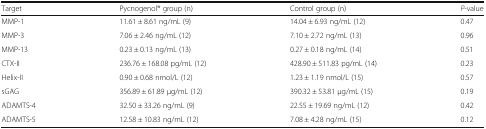
<table><thead><tr><td><b>Target</b></td><td><b>Pycnogenol® group (n)</b></td><td><b>Control group (n)</b></td><td><b><i>P</i>-value</b></td></tr></thead><tbody><tr><td>MMP-1</td><td>11.61 ± 8.61 ng/mL (9)</td><td>14.04 ± 6.93 ng/mL (12)</td><td>0.47</td></tr><tr><td>MMP-3</td><td>7.06 ± 2.46 ng/mL (12)</td><td>7.10 ± 2.72 ng/mL (13)</td><td>0.96</td></tr><tr><td>MMP-13</td><td>0.23 ± 0.13 ng/mL (13)</td><td>0.27 ± 0.18 ng/mL (14)</td><td>0.51</td></tr><tr><td>CTX-II</td><td>236.76 ± 168.08 pg/mL (12)</td><td>428.90 ± 511.83 pg/mL (14)</td><td>0.23</td></tr><tr><td>Helix-II</td><td>0.90 ± 0.68 nmol/L (12)</td><td>1.23 ± 1.19 nmol/L (15)</td><td>0.57</td></tr><tr><td>sGAG</td><td>356.89 ± 61.89 μg/mL (12)</td><td>390.32 ± 53.81 μg/mL (15)</td><td>0.19</td></tr><tr><td>ADAMTS-4</td><td>32.50 ± 33.26 ng/mL (9)</td><td>22.55 ± 19.69 ng/mL (12)</td><td>0.42</td></tr><tr><td>ADAMTS-5</td><td>12.58 ± 10.83 ng/mL (12)</td><td>7.08 ± 4.28 ng/mL (15)</td><td>0.12</td></tr></tbody></table>